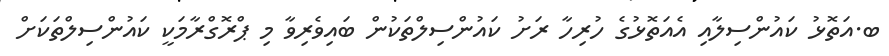
ބ.އަތޮޅު ކައުންސިލާއި އެއަތޮޅުގެ ހުރިހާ ރަށު ކައުންސިލްތަކުން ބައިވެރިވާ މި ޕްރޮގްރާމަކީ ކައުންސިލްތަކަށް